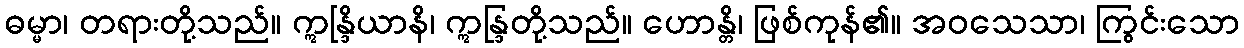
ဓမ္မာ၊ တရားတို့သည်။ ဣန္ဒြိယာနိ၊ ဣန္ဒြတို့သည်။ ဟောန္တိ၊ ဖြစ်ကုန်၏။ အဝသေသာ၊ ကြွင်းသော